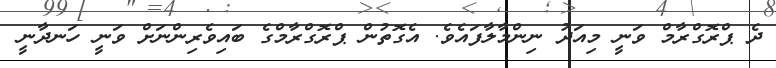
ދެ ޕްރޮގްރާމް ވަނީ މިއަދު ނިންމާލާފައެވެ. އެގޮތުން ޕްރޮގްރާމްގެ ބައިވެރިންނަށް ވަނީ ހަނދާނީ